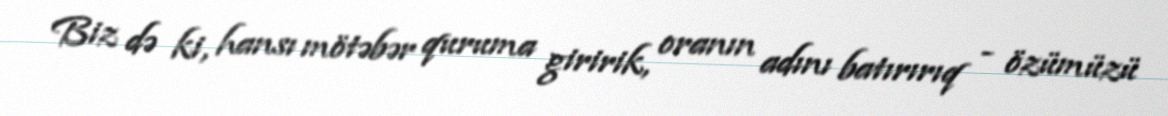
Biz də ki, hansı mötəbər quruma giririk, oranın adını batırırıq - özümüzü